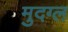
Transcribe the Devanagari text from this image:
मुदग्ल